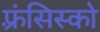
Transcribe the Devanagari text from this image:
फ़्रंसिस्को